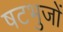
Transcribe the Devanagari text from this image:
षटभुजों